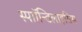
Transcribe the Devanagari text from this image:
स्पाॉन्डिलाइसिस